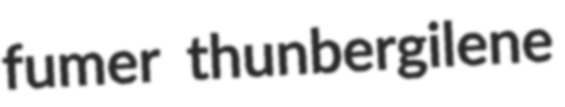
fumer thunbergilene